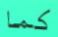
كما